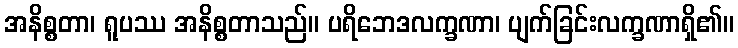
အနိစ္စတာ၊ ရူပဿ အနိစ္စတာသည်။ ပရိဘေဒလက္ခဏာ၊ ပျက်ခြင်းလက္ခဏာရှိ၏။